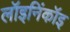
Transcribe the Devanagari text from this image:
लॉइनिंकॉइ